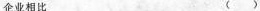
企业相比 ()